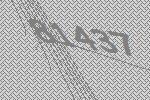
81437